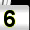
Digit: 6